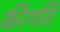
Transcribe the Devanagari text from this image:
कीगति